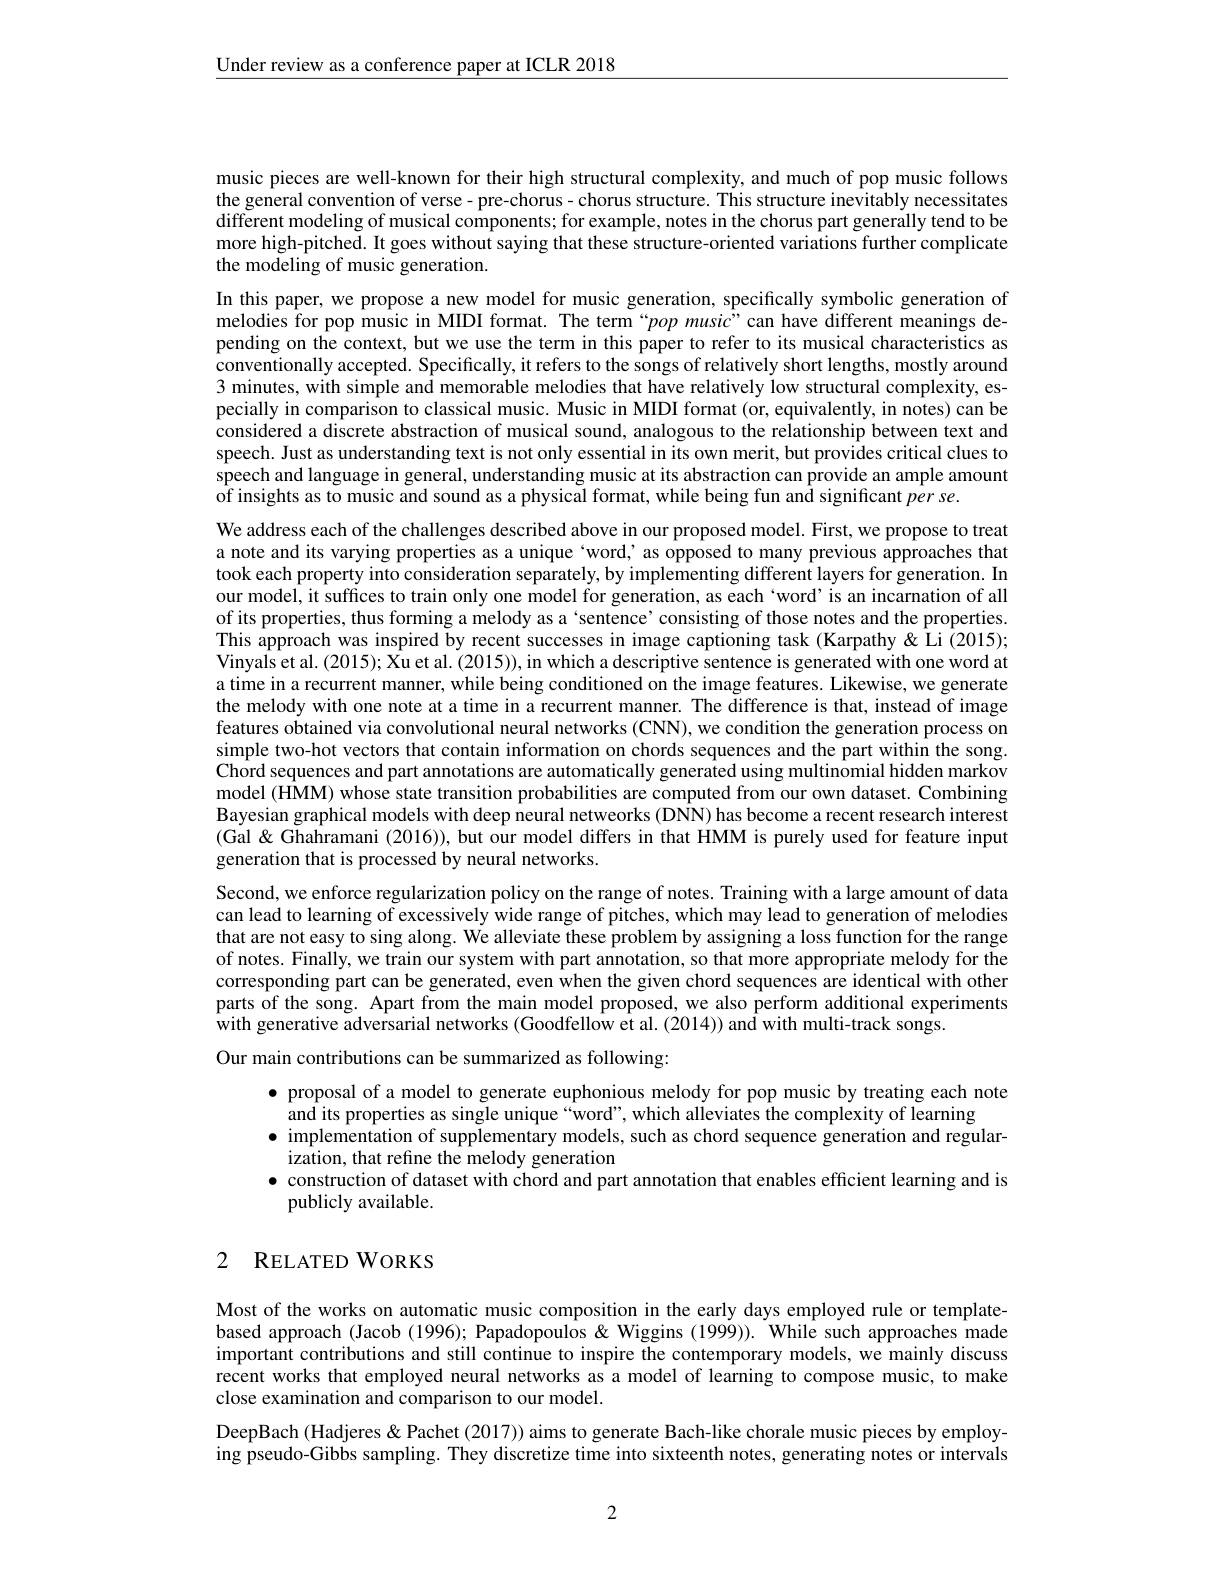
$\underline{\text{Under review as a conference paper at ICLR 2018}}$

music pieces are well-known for their high structural complexity, and much of pop music follows the general convention of verse- pre-chorus- chorus structure. This structure inevitably necessitates different modeling of musical components; for example, notes in the chorus part generally tend to be more high-pitched. It goes without saying that these structure-oriented variations further complicate the modeling of music generation.

In this paper, we propose a new model for music generation, specifically symbolic generation of melodies for pop music in MIDI format. The term“pop music”can have different meanings depending on the context, but we use the term in this paper to refer to its musical characteristics as conventionally accepted. Specifically, it refers to the songs of relatively short lengths, mostly around 3 minutes, with simple and memorable melodies that have relatively low structural complexity, especially in comparison to classical music. Music in MIDI format (or, equivalently, in notes) can be considered a discrete abstraction of musical sound, analogous to the relationship between text and speech. Just as understanding text is not only essential in its own merit, but provides critical clues to speech and language in general, understanding music at its abstraction can provide an ample amount $\tilde{\text{of insights as to music and sound as a physical format, while being fun and significant }p\hat{e}rse.}$
We address each of the challenges described above in our proposed model. First, we propose to treat a note and its varying properties as a unique 'word, as opposed to many previous approaches that took each property into consideration separately, by implementing different layers for generation. In our model, it suffices to train only one model for generation, as each 'word’is an incarnation of all of its properties, thus forming a melody as a `sentence' consisting of those notes and the properties. This approach was inspired by recent successes in image captioning task (Karpathy&Li(2015); Vinyals et al. (2015); Xu et al. (2015)), in which a descriptive sentence is generated with one word at a time in a recurrent manner, while being conditioned on the image features. Likewise, we generate the melody with one note at a time in a recurrent manner. The difference is that, instead of image features obtained via convolutional neural networks (CNN), we condition the generation process on simple two-hot vectors that contain information on chords sequences and the part within the song. $\hat{\text{Chord sequences and part annotations are automatically generated using multinomial hidden markov}}$ model ( HMM) whose state transition probabilities are computed from our own dataset. Combining model ( HMM) whose state transition probabilities are computed from our own dataset. Combining Bayesian graphical models with deep neural netweorks (DNN) has become a recent research interest (Gal & Ghahramani (2016)), but our model differs in that HMM is purely used for feature input generation that is processed by neural networks.
Second, we enforce regularization policy on the range of notes. Training with a large amount of data can lead to learning of excessively wide range of pitches, which may lead to generation of melodies that are not easy to sing along. Wé alleviate these problem by assigning a loss function for the range of notes. Finally, we train our system with part annotation, so that more appropriate melody for the corresponding part can be generated, even when the given chord sequences are identical with other parts of the song. Apart from the main model proposed, we also perform additional experiments with generative adversarial networks (Goodfellow et al. (2014)) and with multi-track songs.
Our main contributions can be summarized as following:
· proposal of a model to generate euphonious melody for pop music by treating each note and its properties as single unique“ word” , which alleviates the complexity of learning implementation of supplementary models, such as chord sequence generation and regular- implementation of supplementary models, such as chord sequence generati

ization, that refine the melody generation
$\bullet$ construction of dataset with chord and part annotation that enables efficient learning and is
publicly available.

# 2 RELATED WORKS

Most of the works on automatic music composition in the early days employed rule or templatebased approach (Jacob (1996); Papadopoulos &Wiggins (1999)). While such approaches made important contributions and still continue to inspire the contemporary models, we mainly discuss recent works that employed neural networks as a model of learning to compose music, to make close examination and comparison to our model.
DeepBach (Hadjeres & Pachet (2017)) aims to generate Bach-like chorale music pieces by employing pseudo-Gibbs sampling. They discretize time into sixteenth notes, generating notes or intervals

2